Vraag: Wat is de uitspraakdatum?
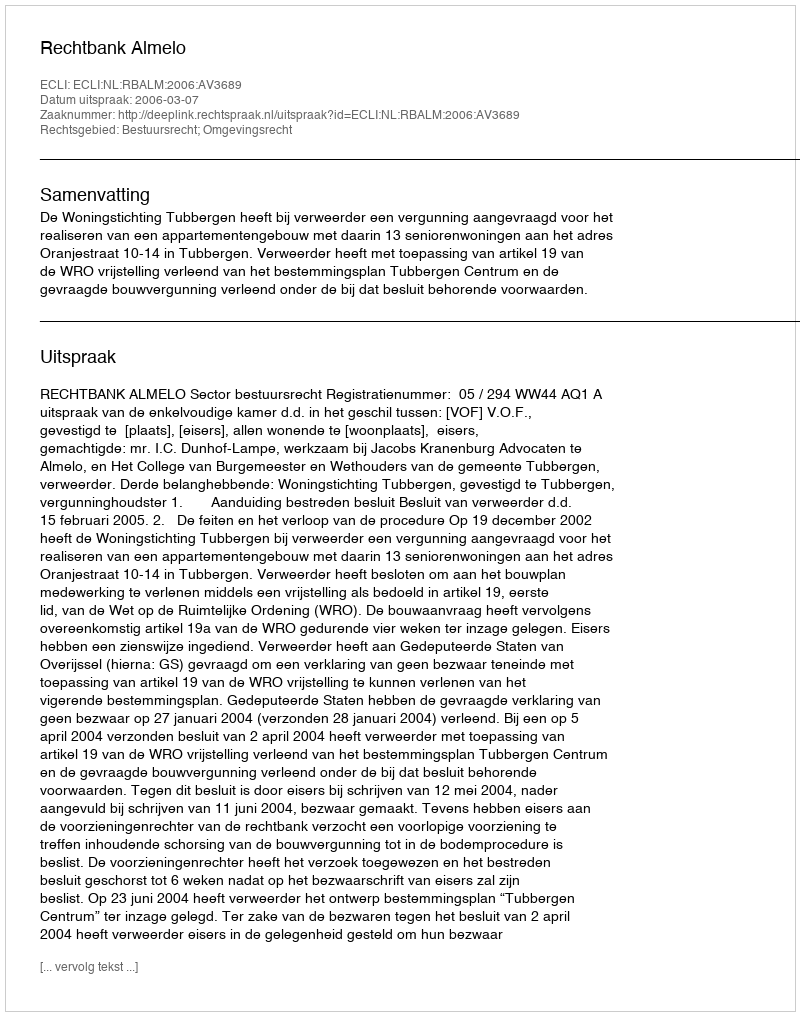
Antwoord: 2006-03-07